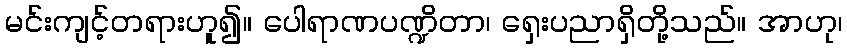
မင်းကျင့်တရားဟူ၍။ ပေါရာဏပဏ္ဍိတာ၊ ရှေးပညာရှိတို့သည်။ အာဟု၊